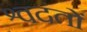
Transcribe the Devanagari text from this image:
श्वदंतों